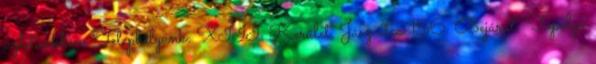
üzletünkben. Telephelyünk: XIII. Kerület, Jász utca 156. Bejárat: Topolya